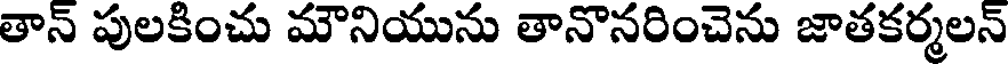
తాన్ పులకించు మౌనియును తానొనరించెను జాతకర్మలన్